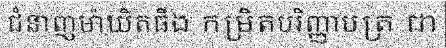
ជំនាញម៉ាឃិតធីង កម្រិតបរិញ្ញាបត្រ ជា